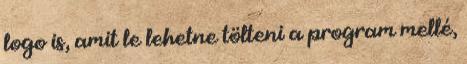
logo is, amit le lehetne tölteni a program mellé,